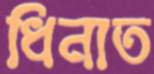
ধিনাত